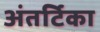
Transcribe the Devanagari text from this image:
अंतर्टिका